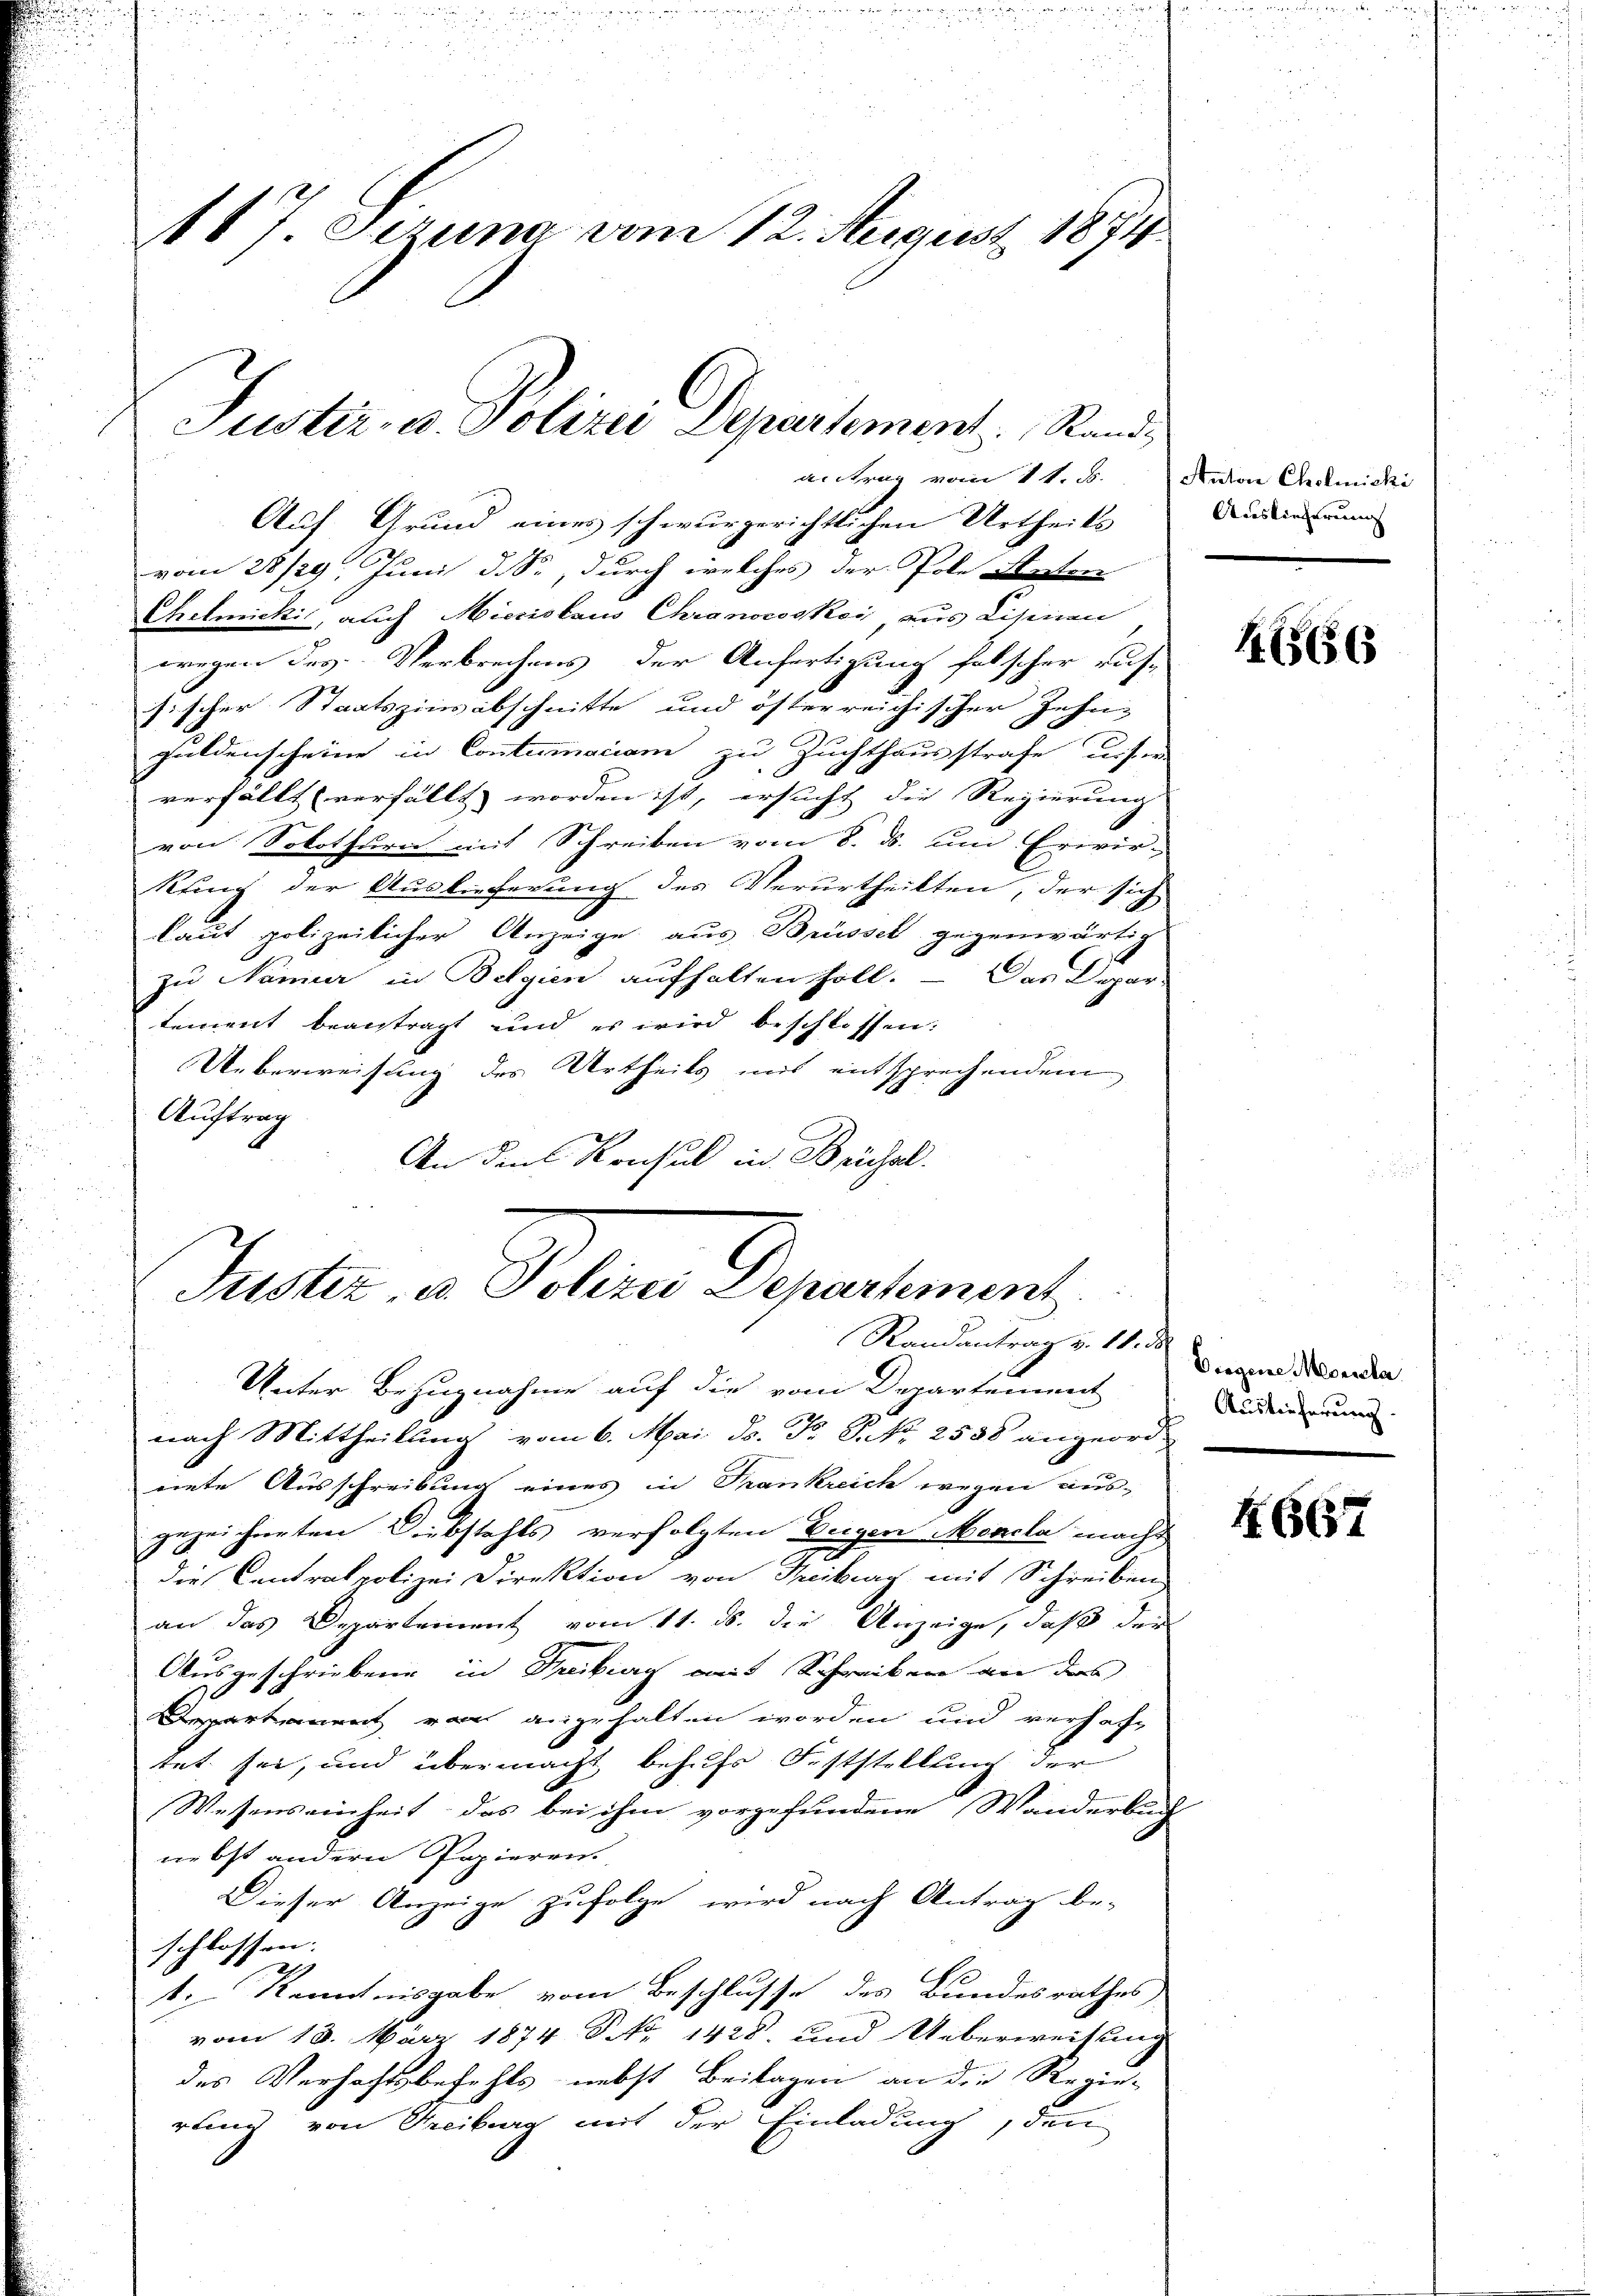
117. Jezung vom 12. August 1874.

Justiz- u. Polizei Departement Randantrag vom 1t. d.

Auf Grund eines schwurgerichtlichen Urtheils
vom 28/29. Juni d. S., durch welches der Pole Statten
Chelmicki, auch Micristaus Chranocoskei aus Lisenen
wegen des Verbrechens der Anfertigung falscher rus-
ischer Staatszinsabschnitte und österreichischer Zehn-
t
Guldenscheine in Contumaciam zu Zuchthausstrafe dieser
verfällt verfällt worden ist, ersucht die Regierung
von Solothurn mit Schreiben vom 8. ds. um Erwir-
kung der Auslieferung des Verurtheilten, der sich
laut polizeilicher Anzeige aus Brüssel gegenwärtig
zu Namier in Belgien aufhalten soll. — Das Depar-
tement beantragt und es wird beschlossen:
Ueberweisung des Urtheils uns entsprechendem
Auftrag
An den Konsul in Brüchel.
Unter Bezugnahme auf die vom Departement
nach Mittheilung vom 6. Mai d. F. S. Nr. 2538 angeord-
nete Ausschreibung eines in Trankreich wegen aus-
gezeichneten Diebstahls verfolgten Degen Mencla macht
die Centralpolizei Direktion von Treiburg mit Schreiben
an das Departement vom 11. ds. die Anzeige, daß der
Ausgeschriebene in Treiburg mit Schreiben an des
Departement von angehalten worden und verhaftet sei, und übermacht behufs Feststellung der
Wesenseinheit, das bei ihm vorgefundene Wanderbuch
nebst andern Papieren.
Dieser Anzeige zufolge, wird nach Antrag be-
schlossen.
t. Kenntnisgabe vom Beschlusse des Bundesrathes
vom 18. März 1874 NNo. 1428. und Ueberweitung
des Verfahr befehls nebst Beilagen an die Regie-
rund von Freiburg mit der Einladung, den

Puster u. Petere Departement,
Randantrag v. 11. d

Anton Cholmicki
Auslieferung

165656

Diegene Morscha
Auslieferung.

4667